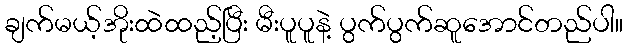
ချက်မယ့်အိုးထဲထည့်ပြီး မီးပူပူနဲ့ ပွက်ပွက်ဆူအောင်တည်ပါ။